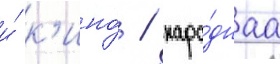
и́ к'ино́ / наро́днаа